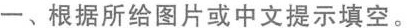
一、根据所给图片或中文提示填空.